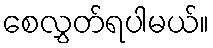
စေလွှတ်ရပါမယ်။